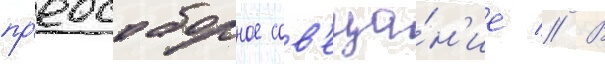
пр'едсоборное сов'еща́н'ие // В